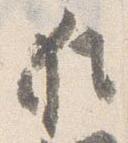
猶